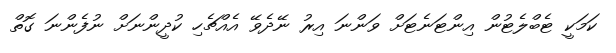
ކަމަކީ ޓެބްލެޓުން އިންޓަނެޓަށް ވަންނަ އިރު ނޭދެވޭ އެއްޗެހި ކުދީންނަށް ނުފެންނަ ގޮތް